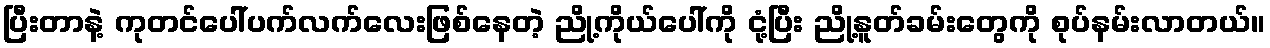
ပြီးတာနဲ့ ကုတင်ပေါ်ပက်လက်လေးဖြစ်နေတဲ့ ညို့ကိုယ်ပေါ်ကို ငုံ့ပြီး ညို့နူတ်ခမ်းတွေကို စုပ်နမ်းလာတယ်။